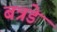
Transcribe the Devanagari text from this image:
बत्रडे